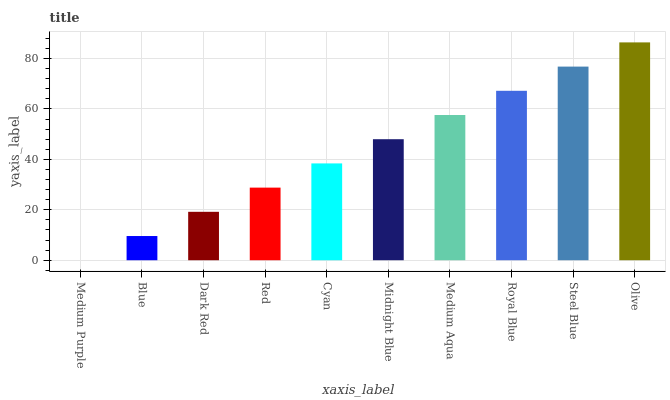
| xaxis_label | bars |
 | --- | --- |
 | Medium Purple | 0 |
 | Blue | 9.6 |
 | Dark Red | 19.2 |
 | Red | 28.8 |
 | Cyan | 38.4 |
 | Midnight Blue | 48 |
 | Medium Aqua | 57.6 |
 | Royal Blue | 67.2 |
 | Steel Blue | 76.8 |
 | Olive | 86.4 |